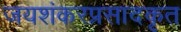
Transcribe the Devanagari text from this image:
जयशंकरप्रसादकृत